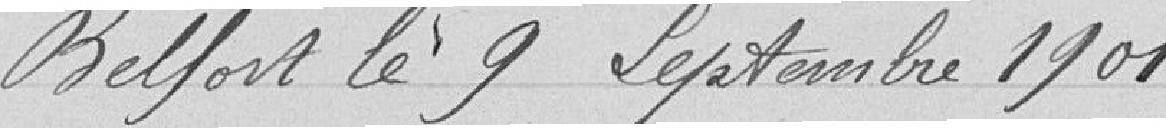
Belfort le 9 septembre 1901